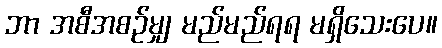
ဘာ အစီအစဉ်မျှ မည်မည်ရရ မရှိသေးပေ။